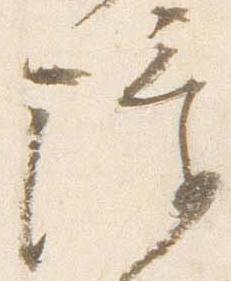
障